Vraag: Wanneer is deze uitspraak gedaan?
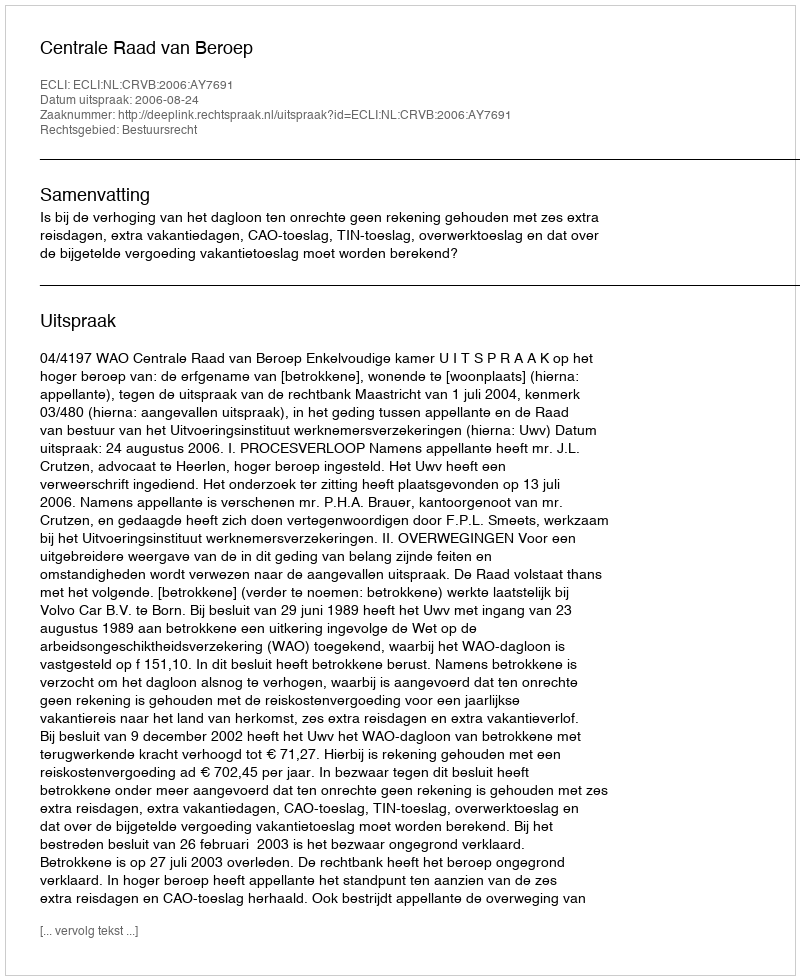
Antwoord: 2006-08-24